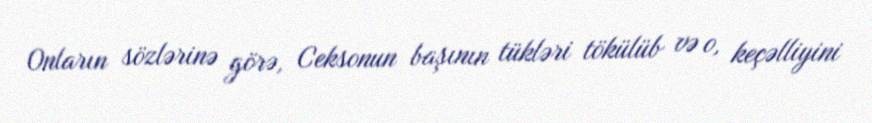
Onların sözlərinə görə, Ceksonun başının tükləri tökülüb və o, keçəlliyini